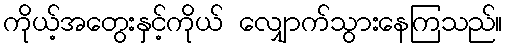
ကိုယ့်အတွေးနှင့်ကိုယ် လျှောက်သွားနေကြသည်။